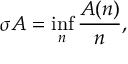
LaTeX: \sigma A = \operatorname* { i n f } _ { n } { \frac { A ( n ) } { n } } ,